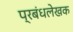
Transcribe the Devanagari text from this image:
प्रबंधलेखक